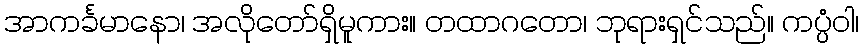
အာကင်္ခမာနော၊ အလိုတော်ရှိမူကား။ တထာဂတော၊ ဘုရားရှင်သည်။ ကပ္ပံဝါ၊